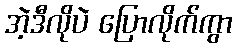
အဲ့ဒီလိုပဲ ပြောလိုက်ကွာ